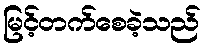
မြင့်တက်စေခဲ့သည်